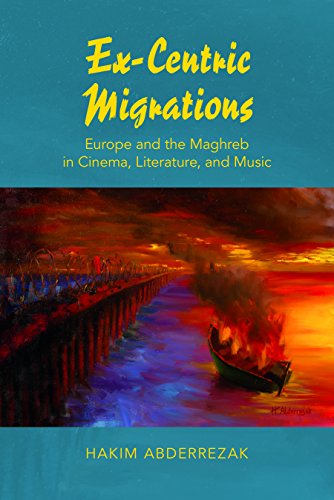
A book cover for Ex-Centric Migrations: Europe and the Maghreb in Cinema, Literature, and Music; Hakim Abderrezak; Humor & Entertainment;